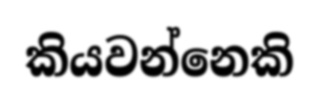
කියවන්නෙකි